Document type: Emphyteutic lease
Year: 1295
Scribe: Pere de Noguera, prevere
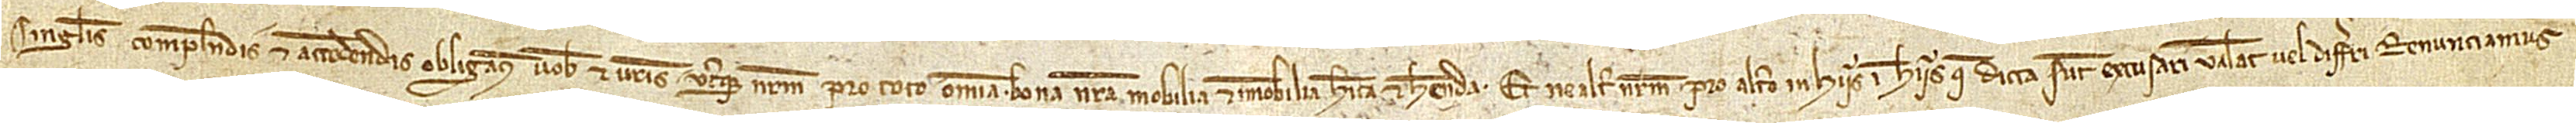
singulis complendis et attendendis obligamus vobis et vestris uterque nostrum pro toto omnia bona nostra, mobilia et immobilia, habita et habenda. Et ne alter nostrum pro altero in hiis in hiis que dicta sunt excusari valeat vel differri, renunciamus